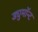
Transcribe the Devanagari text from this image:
ड्युमाॅन्ट